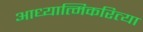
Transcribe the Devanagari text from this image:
आध्यात्मिकरित्या